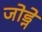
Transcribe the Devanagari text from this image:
जोड्ने